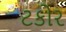
ટકોર